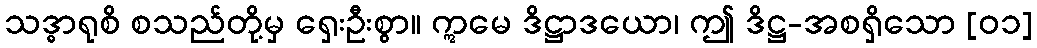
သဒ္ဓာရုစိ စသည်တို့မှ ရှေးဦးစွာ။ ဣမေ ဒိဋ္ဌာဒယော၊ ဤ ဒိဋ္ဌ-အစရှိသော [၀၁]